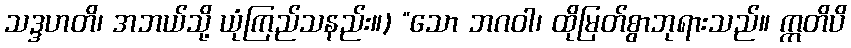
သဒ္ဒဟတိ၊ အဘယ်သို့ ယုံကြည်သနည်း။) “သော ဘဂဝါ၊ ထိုမြတ်စွာဘုရားသည်။ ဣတိပိ